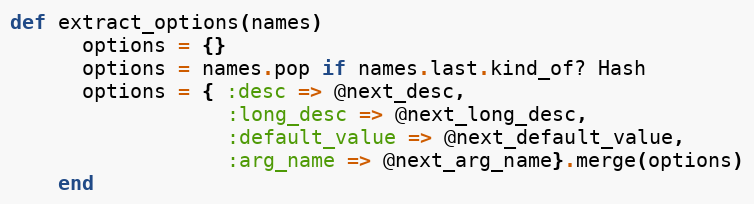
Language: Ruby
def extract_options(names)
      options = {}
      options = names.pop if names.last.kind_of? Hash
      options = { :desc => @next_desc,
                  :long_desc => @next_long_desc,
                  :default_value => @next_default_value,
                  :arg_name => @next_arg_name}.merge(options)
    end